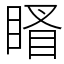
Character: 䁊